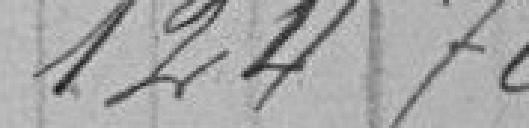
124,70